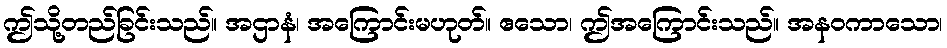
ဤသို့တည်ခြင်းသည်။ အဌာနံ၊ အကြောင်းမဟုတ်။ ဧသော၊ ဤအကြောင်းသည်။ အနဝကာသော၊